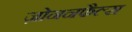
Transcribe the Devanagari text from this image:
ज़ोननफैल्स